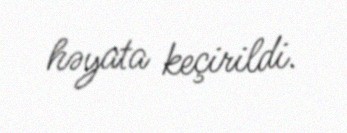
həyata keçirildi.